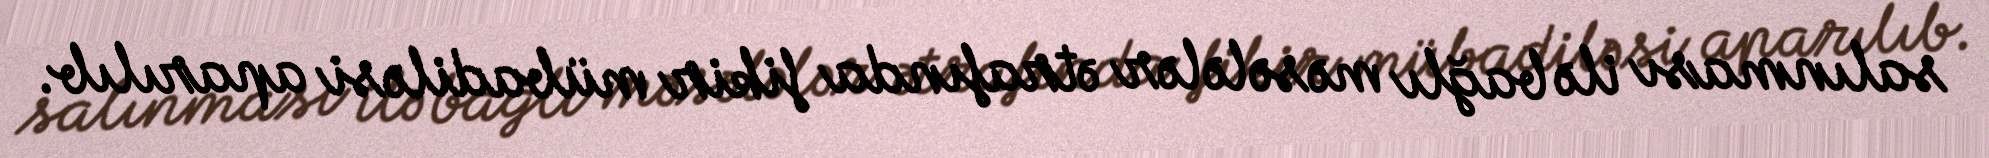
salınması ilə bağlı məsələlər ətrafında fikir mübadiləsi aparılıb.